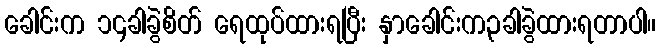
ခေါင်းက ၁၄ခါခွဲစိတ် ရေထုပ်ထားရပြီး နှာခေါင်းက၃ခါခွဲထားရတာပါ။